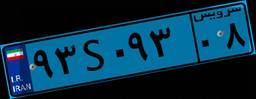
۰۱S۷۸۷۸۶